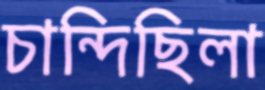
চান্দিছিলা